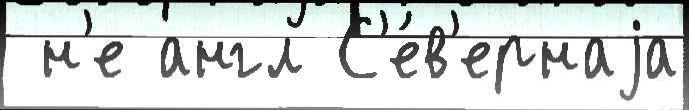
 н'е англ С'е́в'ернаjа